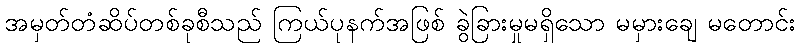
အမှတ်တံဆိပ်တစ်ခုစီသည် ကြယ်ပုနက်အဖြစ် ခွဲခြားမှုမရှိသော မမှားချေ မတောင်း